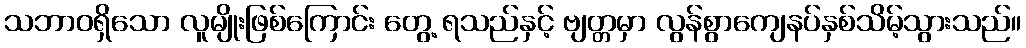
သဘာဝရှိသော လူမျိုးဖြစ်ကြောင်း တွေ့ ရသည်နှင့် ဗျတ္တမှာ လွန်စွာကျေနပ်နှစ်သိမ့်သွားသည်။